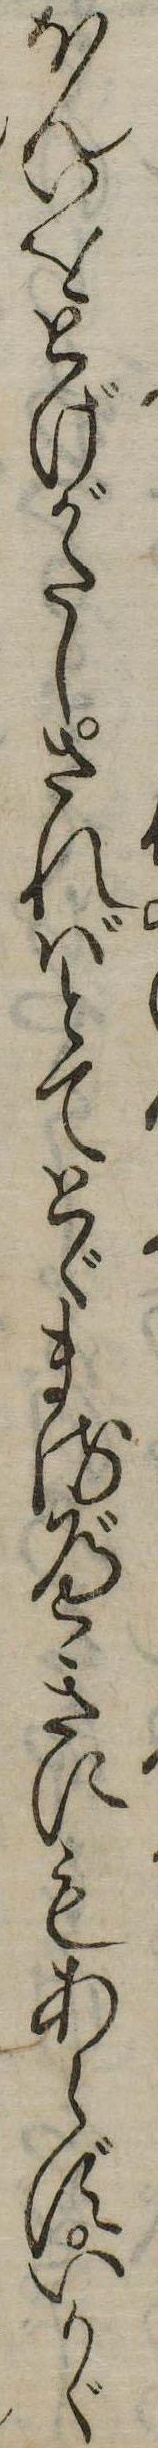
ほんいをとげがたしさればとてとゞまるべきにもあらずいかゞ